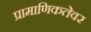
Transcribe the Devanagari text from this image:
प्रामाणिकतेवर